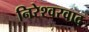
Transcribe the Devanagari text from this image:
निरेश्वरवाद